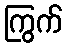
ကြွက်